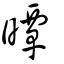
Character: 曋